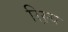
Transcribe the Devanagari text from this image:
रिस्र्च